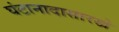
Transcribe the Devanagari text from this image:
घंटानादासारखे